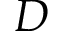
\boldsymbol { D }